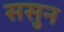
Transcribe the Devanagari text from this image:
ससुन